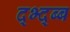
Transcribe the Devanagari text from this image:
द्भ्द्ब्ब